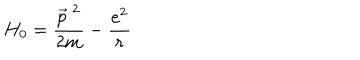
LaTeX: H _ { 0 } = \frac { \vec { p } ^ { ~ 2 } } { 2 m } - \frac { e ^ { 2 } } { r }